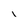
Character: l